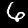
Digit: 6